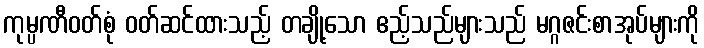
ကုမ္ပဏီဝတ်စုံ ဝတ်ဆင်ထားသည့် တချို့သော ဧည့်သည်များသည် မဂ္ဂဇင်းစာအုပ်များကို